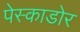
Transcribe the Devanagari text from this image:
पेस्काडोर